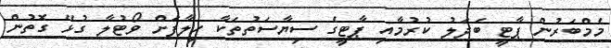
މެމްބަރުން ޕާޓީ ބަދަލު ކުރުމާއި ޕާޓީގެ ސިޔާސަތުތަކާ ހިލާފަށް ވޯޓުލާ ގުޅޭ ގޮތުން